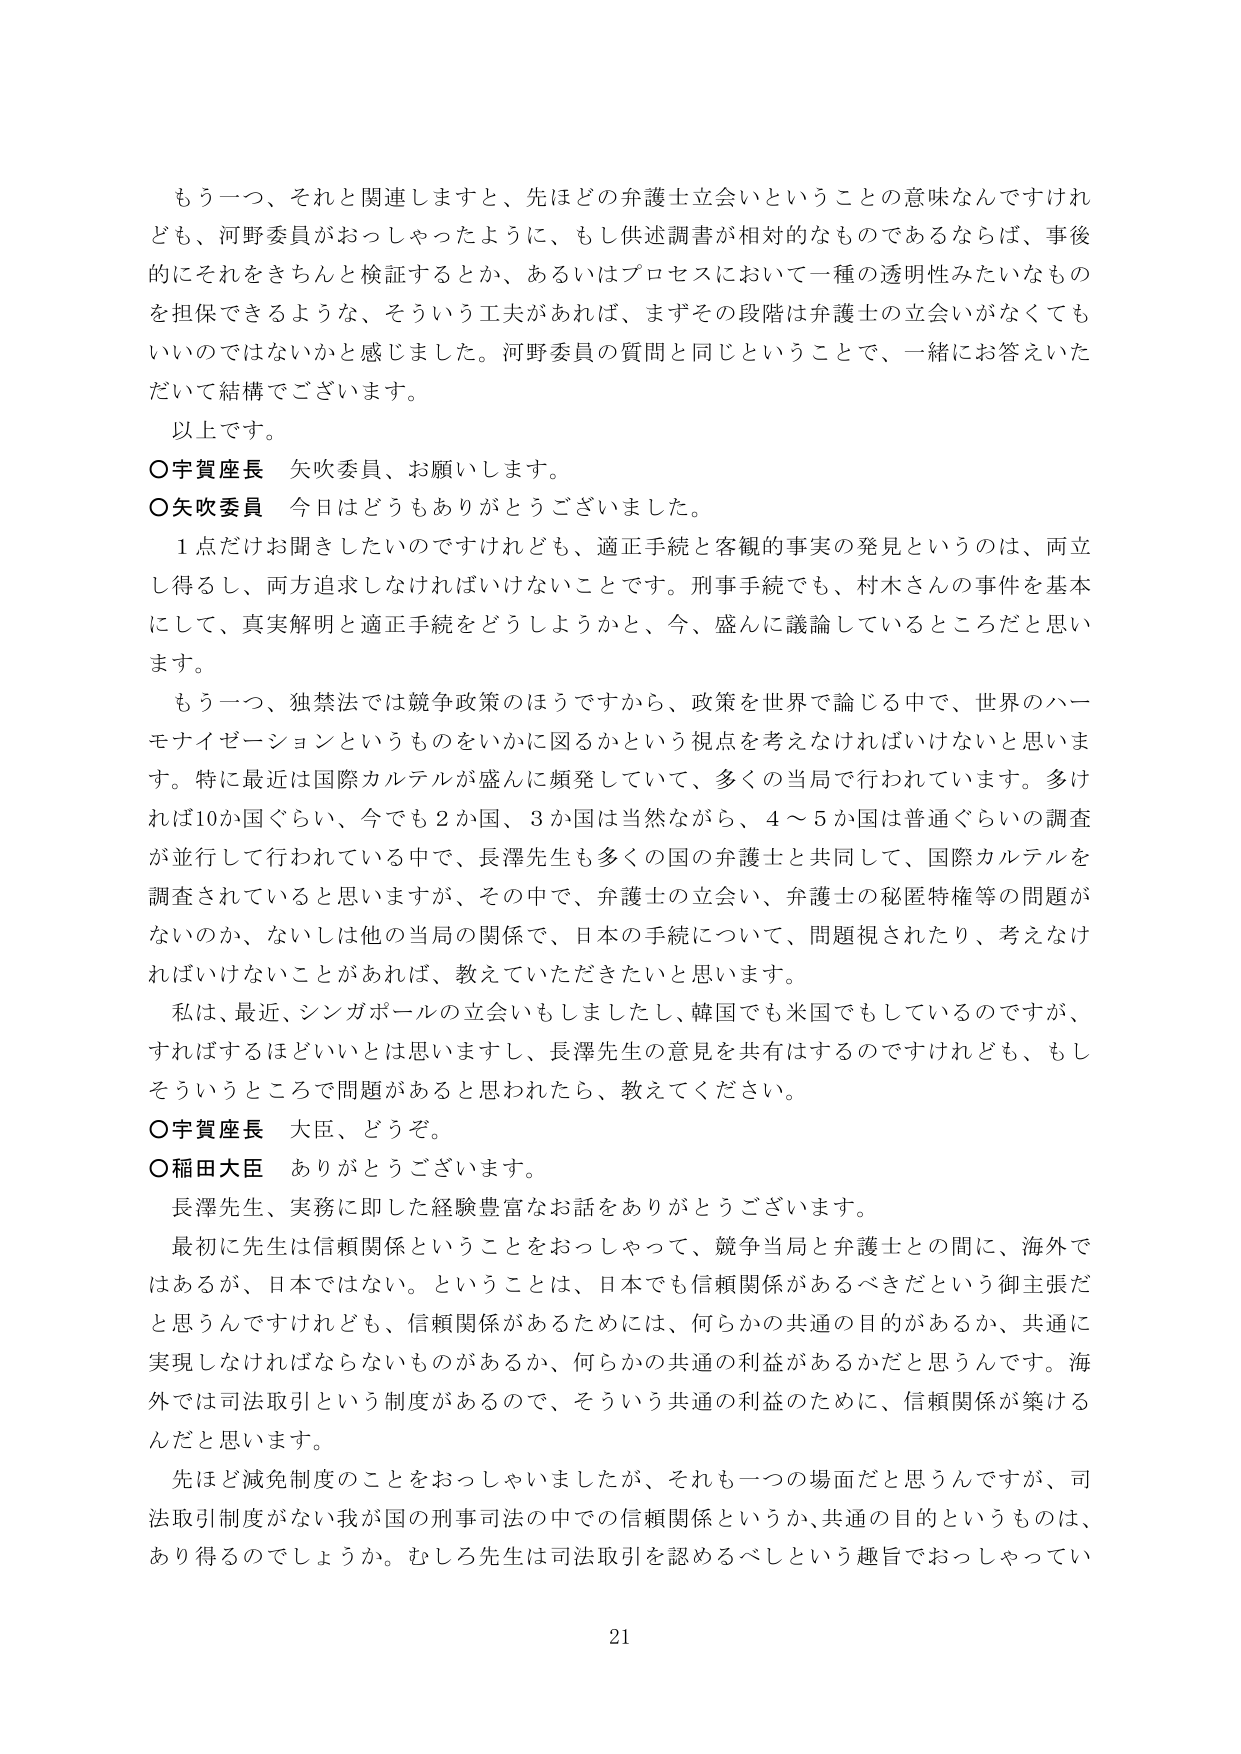
もう一つ、それと関連しますと、先ほどの弁護士立会いということの意味なんですけれども、河野委員がおっしゃったように、もし供述調書が相対的なものであるならば、事後的にそれをきちんと検証するとか、あるいはプロセスにおいて一種の透明性みたいなものを担保できるような、そういう工夫があれば、まずその段階は弁護士の立会いがなくてもいいのではないかと感じました。河野委員の質問と同じということで、一緒にお答えいただいて結構でございます。

以上です。

○宇賀座長　矢吹委員、お願いします。

○矢吹委員　今日はどうもありがとうございました。

１点だけお聞きしたいのですけれども、適正手続と客観的事実の発見というのは、両立し得るし、両方追求しなければいけないことです。刑事手続でも、村木さんの事件を基本にして、真実解明と適正手続をどうしようかと、今、盛んに議論しているところだと思います。

もう一つ、独禁法では競争政策のほうですから、政策を世界で論じる中で、世界のハーモナイゼーションというものをいかに図るかという視点を考えなければならないと思います。特に最近は国際カルテルが盛んに頻発していて、多くの当局で行われています。多ければ10か国ぐらい、今でも２か国、３か国は当然ながら、４～５か国は普通ぐらいの調査が並行して行われている中で、長澤先生も多くの国の弁護士と共同して、国際カルテルを調査されていると思いますが、その中で、弁護士の立会い、弁護士の秘匿特権等の問題がないのか、ないしは他の当局の関係で、日本の手続について、問題視されたり、考えなければならないことがあれば、教えていただきたいと思います。

私は、最近、シンガポールの立会いもしましたし、韓国でも米国でもしているのですが、すればするほどいいとは思いますし、長澤先生の意見を共有はするのですけれども、もしそういうところで問題があると思われたら、教えてください。

○宇賀座長　大臣、どうぞ。

○稲田大臣　ありがとうございます。

長澤先生、実務に即した経験豊富なお話をありがとうございます。

最初に先生は信頼関係ということをおっしゃって、競争当局と弁護士との間に、海外ではあるが、日本ではない。ということは、日本でも信頼関係があるべきだという御主張だと思うんですけれども、信頼関係があるためには、何らかの共通の目的があるか、共通に実現しなければならないものがあるか、何らかの共通の利益があるかだと思うんです。海外では司法取引という制度があるので、そういう共通の利益のために、信頼関係が築けるんだと思います。

先ほど減免制度のことをおっしゃいましたが、それも一つの場面だと思うんですが、司法取引制度がない我が国の刑事司法の中での信頼関係というか、共通の目的というものは、あり得のでしょうか。むしろ先生は司法取引を認めるべしという趣旨でおっしゃってい

21